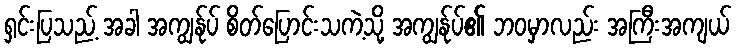
ရှင်းပြသည့် အခါ အကျွန်ုပ် စိတ်ပြောင်းသကဲ့သို့ အကျွန်ုပ်၏ ဘဝမှာလည်း အကြီးအကျယ်